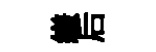
縑后